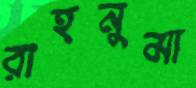
রাহনুমা